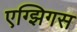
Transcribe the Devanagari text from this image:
एग्झिगस